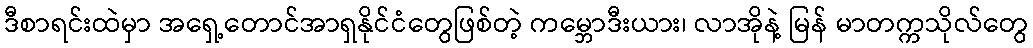
ဒီစာရင်းထဲမှာ အရှေ့တောင်အာရှနိုင်ငံတွေဖြစ်တဲ့ ကမ္ဘောဒီးယား၊ လာအိုနဲ့ မြန် မာတက္ကသိုလ်တွေ